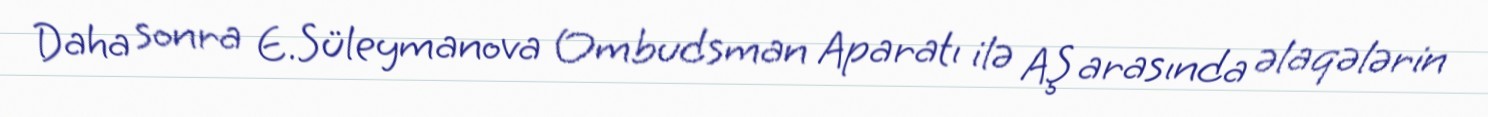
Daha sonra E.Süleymanova Ombudsman Aparatı ilə AŞ arasında əlaqələrin